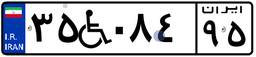
۵۴W۴۱۹۰۱